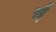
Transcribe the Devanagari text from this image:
र्च